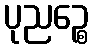
ပုညဉ္စေ